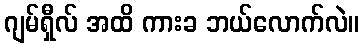
ဂျမ်ရှီလ် အထိ ကားခ ဘယ်လောက်လဲ။